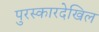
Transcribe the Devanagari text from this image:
पुरस्कारदेखिल